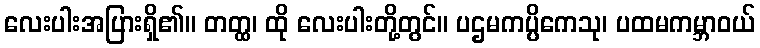
လေးပါးအပြားရှိ၏။ တတ္ထ၊ ထို လေးပါးတို့တွင်။ ပဌမကပ္ပိကေသု၊ ပထမကမ္ဘာဝယ်